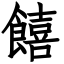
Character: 饎